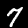
Digit: 7